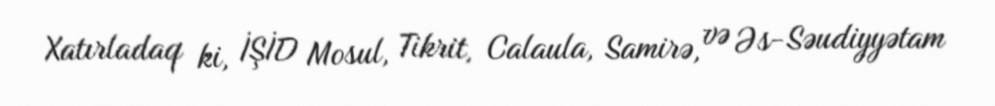
Xatırladaq ki, İŞİD Mosul, Tikrit, Calaula, Samirə, və Əs-Səudiyyətam